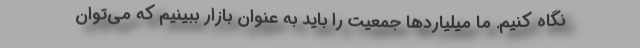
نگاه کنیم. ما میلیاردها جمعیت را باید به عنوان بازار ببینیم که می‌توان